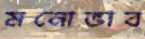
মনোভাব